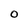
Character: O